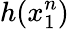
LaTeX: h(x_{1}^{n})